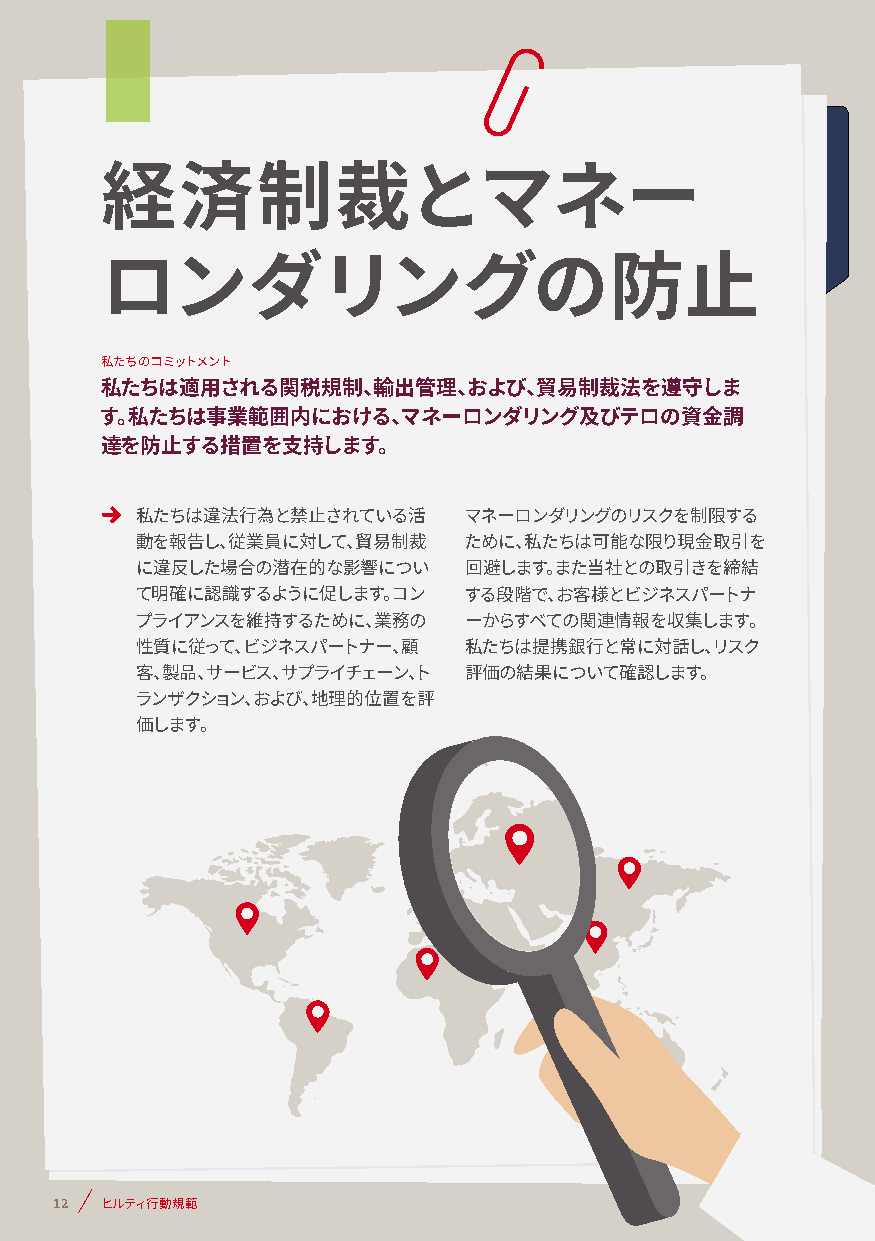
経済制裁とマネー
 ロンダリングの防止
 私たちのコミットメント
 私たちは適用される関税規制、輸出管理、および、貿易制裁法を遵守しま
 す。私たちは事業範囲内における、マネーロンダリング及びテロの資金調
 達を防止する措置を支持します。
 私たちは違法行為と禁止されている活     マネーロンダリングのリスクを制限する
 動を報告し、従業員に対して、貿易制裁    ために、私たちは可能な限り現金取引を
 に違反した場合の潜在的な影響につい     回避します。また当社との取引きを締結
 て明確に認識するように促します。コン    する段階で、お客様とビジネスパートナ
 プライアンスを維持するために、業務の    ーからすべての関連情報を収集します。
 性質に従って、ビジネスパートナー、顧    私たちは提携銀行と常に対話し、リスク
 客、製品、サービス、サプライチェーン、ト  評価の結果について確認します。
 ランザクション、および、地理的位置を評
 価します。
 12 ヒルティ行動規範